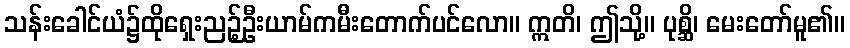
သန်းခေါင်ယံ၌ထိုရှေးညဉ့်ဦးယာမ်ကမီးတောက်ပင်လော။ ဣတိ၊ ဤသို့။ ပုစ္ဆိ၊ မေးတော်မူ၏။